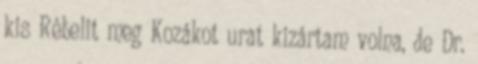
kis Rébelit meg Kozákot urat kizártam volna, de Dr.